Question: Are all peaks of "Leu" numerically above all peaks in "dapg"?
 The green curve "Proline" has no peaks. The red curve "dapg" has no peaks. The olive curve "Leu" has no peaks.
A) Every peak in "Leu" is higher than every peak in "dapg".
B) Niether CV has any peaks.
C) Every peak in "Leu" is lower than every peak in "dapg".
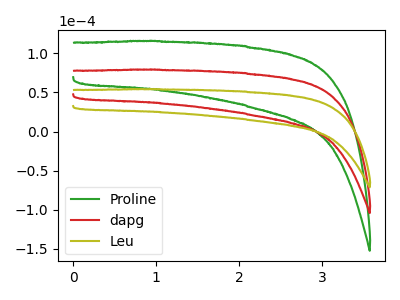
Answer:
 <answer>B) Niether CV has any peaks.</answer>
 <eval>B</eval>